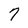
Character: 7